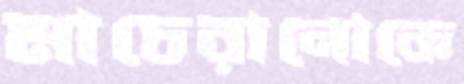
মাচেরানোকে